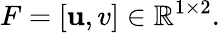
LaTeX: F=[\mathbf{u},v]\in\mathbb{{R}}^{1\times2}.